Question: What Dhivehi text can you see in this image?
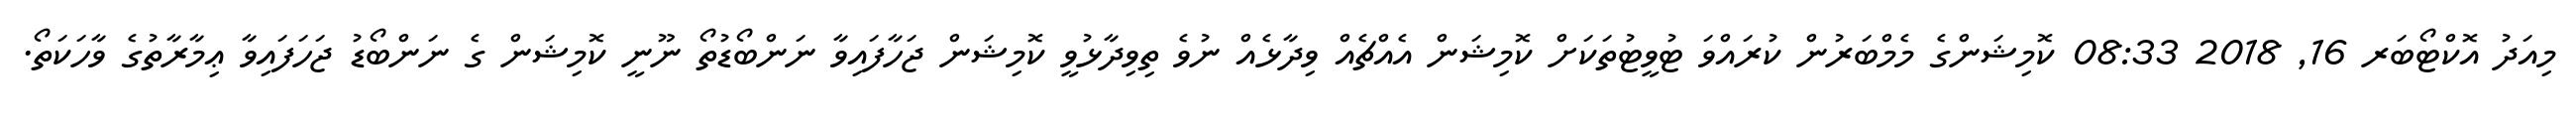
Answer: މިއަދު އޮކްޓޯބަރ 16, 2018 08:33 ކޮމިޝަންގެ މެމްބަރުން ކުރައްވަ ޓުވީޓުތަކަށް ކޮމިޝަން އެއްޗެއް ވިދާޅެއް ނުވެ ތިވިދާޅުވީ ކޮމިޝަން ޖަހާފައިވާ ނަންބޯޑުތޯ ނޫނީ ކޮމިޝަން ގެ ނަންބޯޑު ޖަހަފައިވާ ޢިމާރާތުގެ ވާހަކަތޯ.